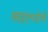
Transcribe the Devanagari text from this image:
आइएमडीबी